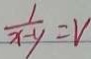
\frac { 1 } { x - y } = V